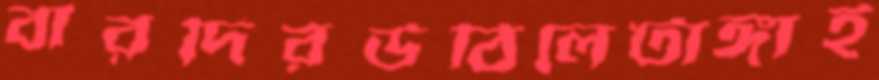
বারদিরউঠিলেটাঙ্গাই